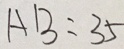
A B = 3 5